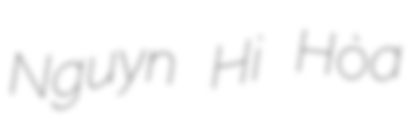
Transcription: Nguyễn Hải Hòa